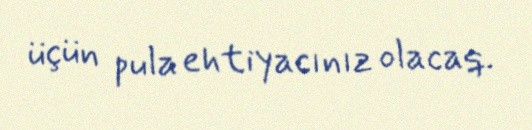
üçün pula ehtiyacınız olacaq.